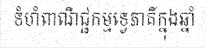
ទំហំពាណិជ្ជកម្មទ្វេភាគីក្នុងឆ្នាំ